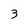
Character: 3